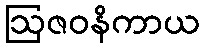
ဩဇဝနိကာယ